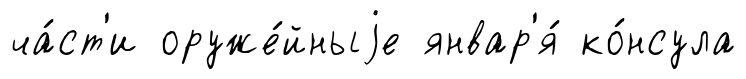
ча́ст'и оруже́йныjе январ'я́ ко́нсула